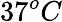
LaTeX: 37^{o}C